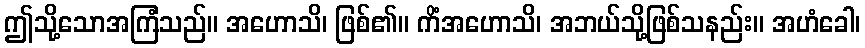
ဤသို့သောအကြံသည်။ အဟောသိ၊ ဖြစ်၏။ ကိံအဟောသိ၊ အဘယ်သို့ဖြစ်သနည်း။ အဟံခေါ၊